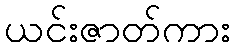
ယင်းဇာတ်ကား